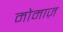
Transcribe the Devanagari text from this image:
मोमाज़